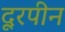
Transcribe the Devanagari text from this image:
दूरपीन